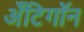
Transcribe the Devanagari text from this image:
अँटिगॉन